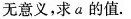
无意义，求a的值.